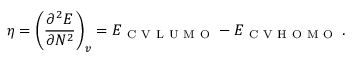
\eta = \left( \frac { \partial ^ { 2 } E } { \partial N ^ { 2 } } \right) _ { v } = E _ { \mathrm { ~ C ~ V ~ L ~ U ~ M ~ O ~ } } - E _ { \mathrm { ~ C ~ V ~ H ~ O ~ M ~ O ~ } } \, .